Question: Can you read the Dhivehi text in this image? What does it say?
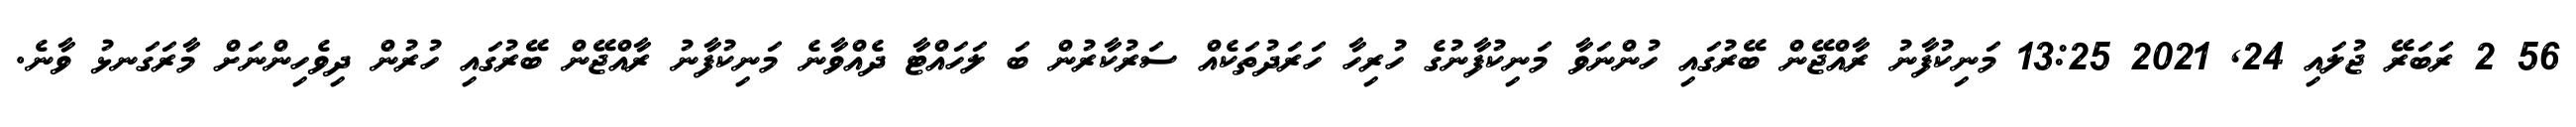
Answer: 56 2 ރަބަރޭ ޖުލައި 24, 2021 13:25 މަނިކުފާނު ރާއްޖޭން ބޭރުގައި ހުންނަވާ މަނިކުފާނުގެ ހުރިހާ ހަރަދުތަކެއް ސަރުކާރުން ބަ ލަހައްޓާ ދެއްވާނެ މަނިކުފާނު ރާއްޖޭން ބޭރުގައި ހުރުން ދިވެހިންނަށް މާރަގަނޅު ވާނެ.